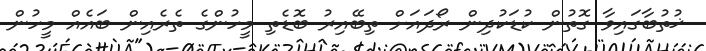
ޚުތުބާގައިވާ ގޮތުން ކުޑަކުދިން ރޯދައަށް ތިބޭއިރު ބޮޑެތި މީހުންގެ ތެރެއިން ބައެއް މީހުން